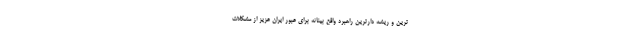
ترین و ریشه دارترین راهبرد واقع بینانه برای عبور ایران عزیز از مشکلات